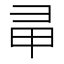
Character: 𢑖